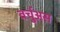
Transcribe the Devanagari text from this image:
वर्चुअस